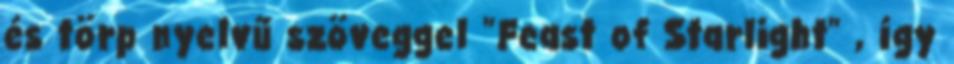
és törp nyelvű szöveggel "Feast of Starlight" , így